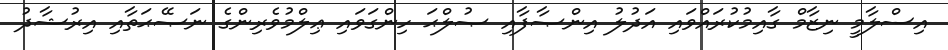
އިސްލާމީ ނިޒާމް ގާއިމުކުރައްވައި އަދުލު އިންޞާފާއި ޞުލްޙަ ހިންގަވައި ޢިލްމުވެރިންގެ ނަޞޭޙަތާއި އިރުޝާދު